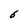
Character: 6